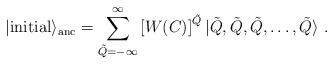
LaTeX: \begin{align*}|{\rm initial}\rangle_{\rm anc}=\sum_{\tilde Q=-\infty}^\infty \left[W(C)\right]^{\tilde Q}|\tilde Q,\tilde Q,\tilde Q,\dots,\tilde Q\rangle~.\end{align*}